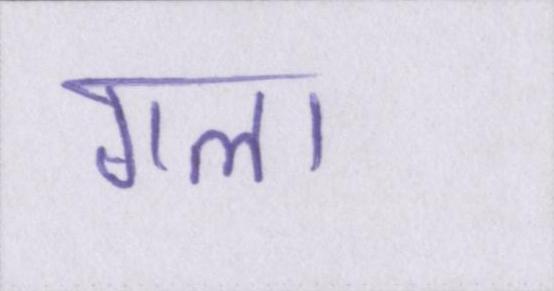
गला